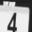
Digit: 4